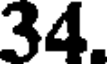
34.